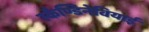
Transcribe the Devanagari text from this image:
स्कैण्डिनेवियाई